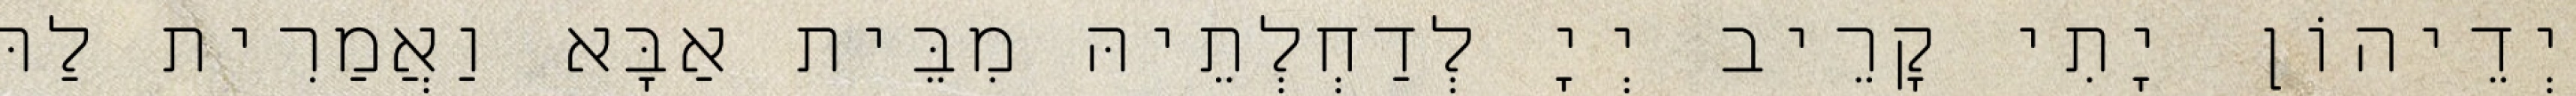
יְדֵיהוֹן יָתִי קָרֵיב יְיָ לְדַחְלְתֵיהּ מִבֵּית אַבָּא וַאֲמַרִית לַהּ